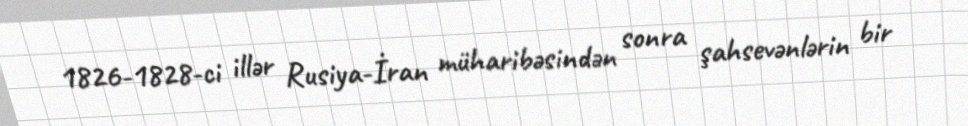
1826-1828-ci illər Rusiya-İran müharibəsindən sonra şahsevənlərin bir